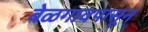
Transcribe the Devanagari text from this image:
बेळगावपासून